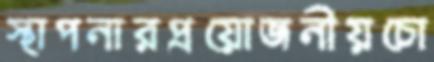
স্থাপনারপ্রয়োজনীয়চো